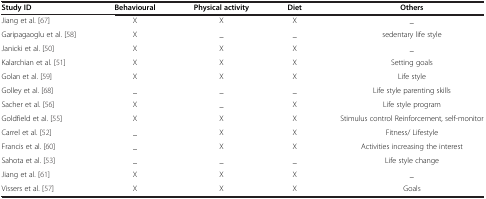
<table><thead><tr><td><b>Study ID</b></td><td><b>Behavioural</b></td><td><b>Physical activity</b></td><td><b>Diet</b></td><td><b>Others</b></td></tr></thead><tbody><tr><td>Jiang et al.[67]</td><td>X</td><td>X</td><td>X</td><td>_</td></tr><tr><td>Garipagaoglu et al.[58]</td><td>X</td><td>_</td><td>_</td><td>sedentary life style</td></tr><tr><td>Janicki et al.[50]</td><td>X</td><td>X</td><td>X</td><td>_</td></tr><tr><td>Kalarchian et al.[51]</td><td>X</td><td>X</td><td>X</td><td>Setting goals</td></tr><tr><td>Golan et al.[59]</td><td>X</td><td>X</td><td>X</td><td>Life style</td></tr><tr><td>Golley et al.[68]</td><td>_</td><td>_</td><td>_</td><td>Life style parenting skills</td></tr><tr><td>Sacher et al.[56]</td><td>X</td><td>_</td><td>X</td><td>Life style program</td></tr><tr><td>Goldfield et al.[55]</td><td>X</td><td>X</td><td>X</td><td>Stimulus control Reinforcement, self-monitor</td></tr><tr><td>Carrel et al.[52]</td><td>_</td><td>X</td><td>X</td><td>Fitness/ Lifestyle</td></tr><tr><td>Francis et al.[60]</td><td>_</td><td>X</td><td>X</td><td>Activities increasing the interest</td></tr><tr><td>Sahota et al.[53]</td><td>_</td><td>_</td><td>_</td><td>Life style change</td></tr><tr><td>Jiang et al.[61]</td><td>X</td><td>X</td><td>X</td><td>_</td></tr><tr><td>Vissers et al.[57]</td><td>X</td><td>X</td><td>X</td><td>Goals</td></tr></tbody></table>